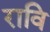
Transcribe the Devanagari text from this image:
रावि